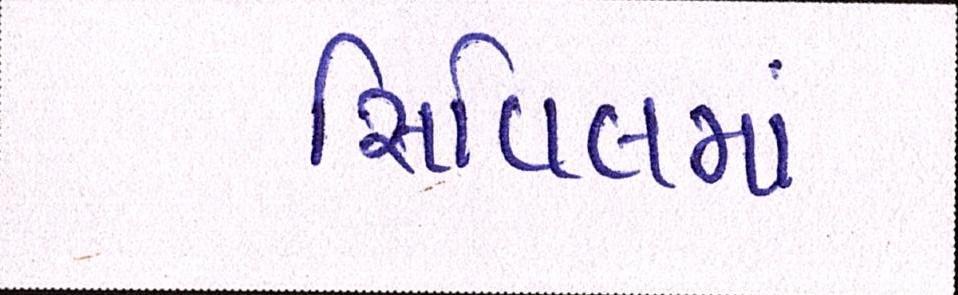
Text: સિવિલમાં